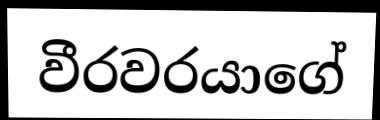
වීරවරයාගේ